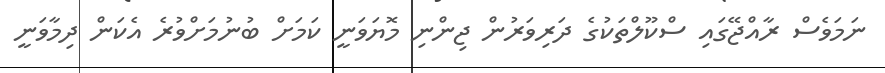
ނަމަވެސް ރާއްޖޭގައި ސްކޫލްތަކުގެ ދަރިވަރުން ޖިންނި މޮޔަވަނީ ކަމަށް ބުނުމަށްވުރެ އެކަން ދިމާވަނީ